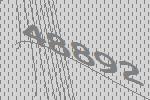
48892